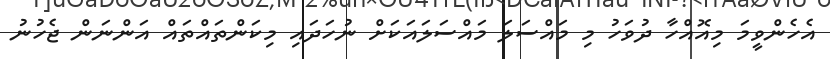
އެހެންވީމަ މިއޮއްހާ ދުވަހު މި މައްސަލަ މައްސަލައަކަށް ނުހަދައި މިކަންތައްތައް އަންނަން ޖެހުނު